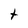
Character: t